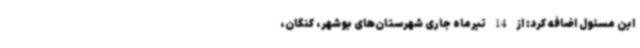
این مسئول اضافه کرد: از 14 تیرماه جاری شهرستان‌های بوشهر، کنگان،